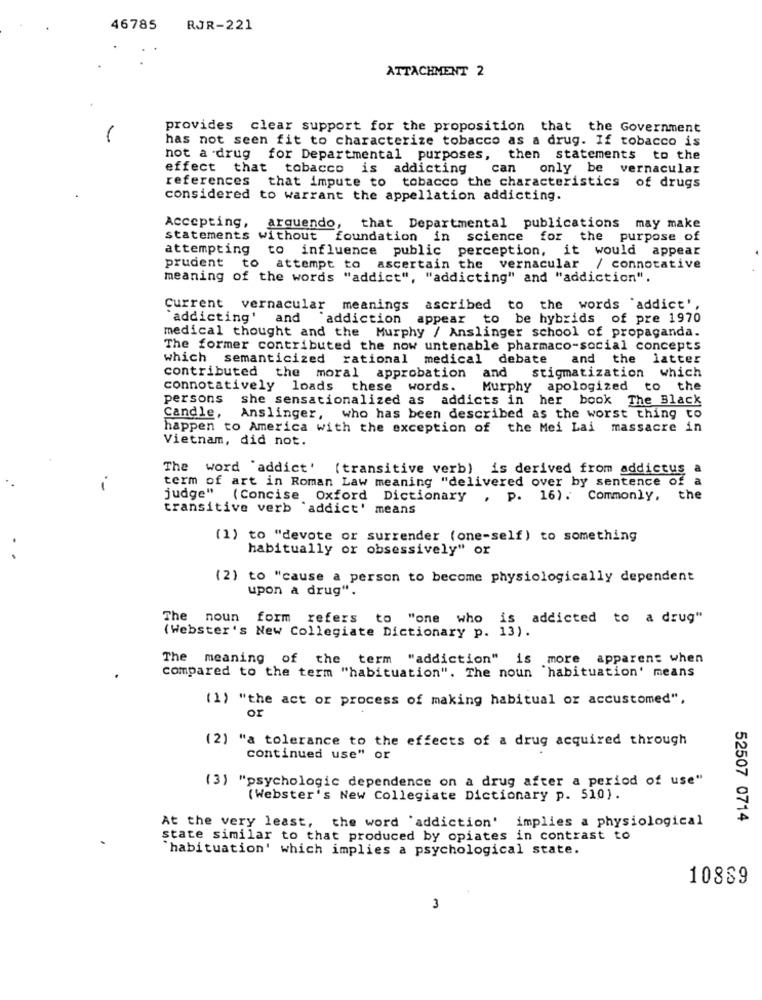
46785
RJR-221
ATTACHMENT 2
provides clear support for the proposition that the Government
has not seen fit to characterize tobacco as a drug. If tobacco is
not a drug for Departmental purposes, then statements to the
effect that tobacco is addicting can only be vernacular
references that impute to tobacco the characteristics of drugs
considered to warrant the appellation addicting.
Accepting, arquendo,
that Departmental publications may make
statements without foundation in science for the purpose of
attempting to influence public perception, it would appear
prudent to attempt to ascertain the vernacular / connotative
meaning of the words "addict", "addicting" and "addiction".
Current vernacular
meanings
ascribed to the words 'addict',
"addicting'
and
addiction
appear to be hybrids of pre 1970
medical thought and the Murphy / Anslinger school of propaganda.
The former contributed the now untenable pharmaco-social concepts
which semanticized rational medical debate
and the latter
contributed the moral approbation
and
stigmatization which
connotatively loads these words.
Murphy apologized to the
persons
she sensationalized as addicts in her book The Black
Candle,
Anslinger, who has been described as the worst thing to
happen to America with the exception of the Mei Lai massacre in
Vietnam, did not.
The word "addict' (transitive verb) is derived from addictus a
term of art in Roman Law meaning "delivered over by sentence of a
judge" (Concise Oxford Dictionary , p. 16). Commonly, the
transitive verb 'addict' means
(1) to "devote or surrender (one-self ) to something
habitually or obsessively" or
(2) to "cause a person to become physiologically dependent
upon a drug".
The noun form refers to "one who is addicted to a drug"
(Webster's New Collegiate Dictionary p. 13).
The meaning of the term "addiction" is more apparent when
compared to the term "habituation". The noun habituation' means
(1) "the act or process of making habitual or accustomed",
or
(2) "a tolerance to the effects of a drug acquired through
continued use" or
(3) "psychologic dependence on a drug after a period of use"
(Webster's New Collegiate Dictionary p. 510).
At the very least, the word 'addiction' implies a physiological
52507 0714
state similar to that produced by opiates in contrast to
"habituation' which implies a psychological state.
10889
3